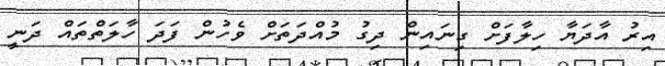
އިރު އާދަޔާ ހިލާފަށް ގިނައިން ދިގު މުއްދަތަށް ވެހުން ފަދަ ހާލަތްތައް ދަނީ